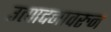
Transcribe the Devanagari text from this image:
उत्पादनावरुन